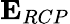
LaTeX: \mathbf{{E}}_{RCP}